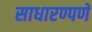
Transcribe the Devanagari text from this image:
साधारण्पणे